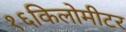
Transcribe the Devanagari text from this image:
१६किलोमीटर